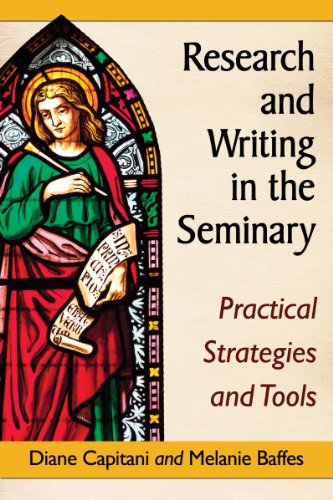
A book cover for Research and Writing in the Seminary: Practical Strategies and Tools; Diane Capitani; Religion & Spirituality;